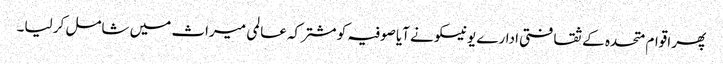
پھر اقوام متحدہ کے ثقافتی ادارے یونیسکو نے آیا صوفیہ کو مشترکہ عالمی میراث میں شامل کر لیا۔